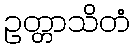
ဥတ္တာသိတံ